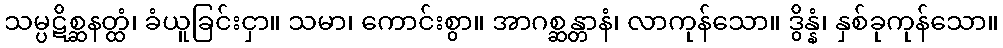
သမ္ပဋိစ္ဆနတ္ထံ၊ ခံယူခြင်းငှာ။ သမာ၊ ကောင်းစွာ။ အာဂစ္ဆန္တာနံ၊ လာကုန်သော။ ဒွိန္နံ၊ နှစ်ခုကုန်သော။